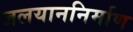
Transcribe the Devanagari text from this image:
जलयाननिर्माण